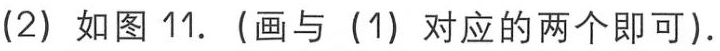
(2) 如图 11. (画与 (1) 对应的两个即可).